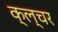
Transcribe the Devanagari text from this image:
क्ल्चर